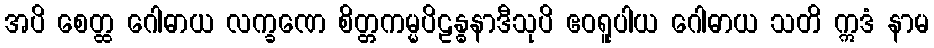
အပိ စေတ္ထ ဂေါဓာယ လက္ခဏေ စိတ္တကမ္မပိဠန္ဓနာဒီသုပိ ဧဝရူပါယ ဂေါဓာယ သတိ ဣဒံ နာမ